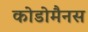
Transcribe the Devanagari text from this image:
कोडोमैनस